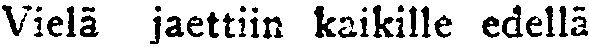
Vielä jaettiin kaikille edellä